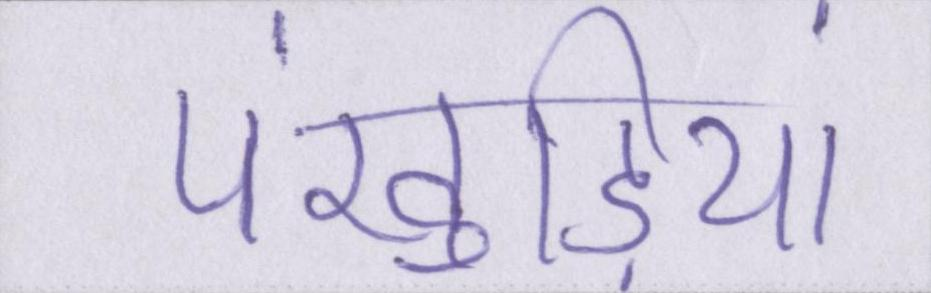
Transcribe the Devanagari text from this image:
पंखुड़ियां